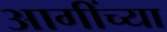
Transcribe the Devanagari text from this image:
आगींच्या